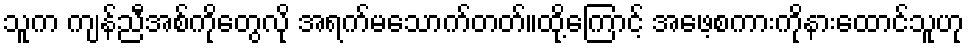
သူက ကျန်ညီအစ်ကိုတွေလို အရက်မသောက်တတ်။ထို့ကြောင့် အဖေ့စကားကိုနားထောင်သူဟု